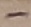
Text: -